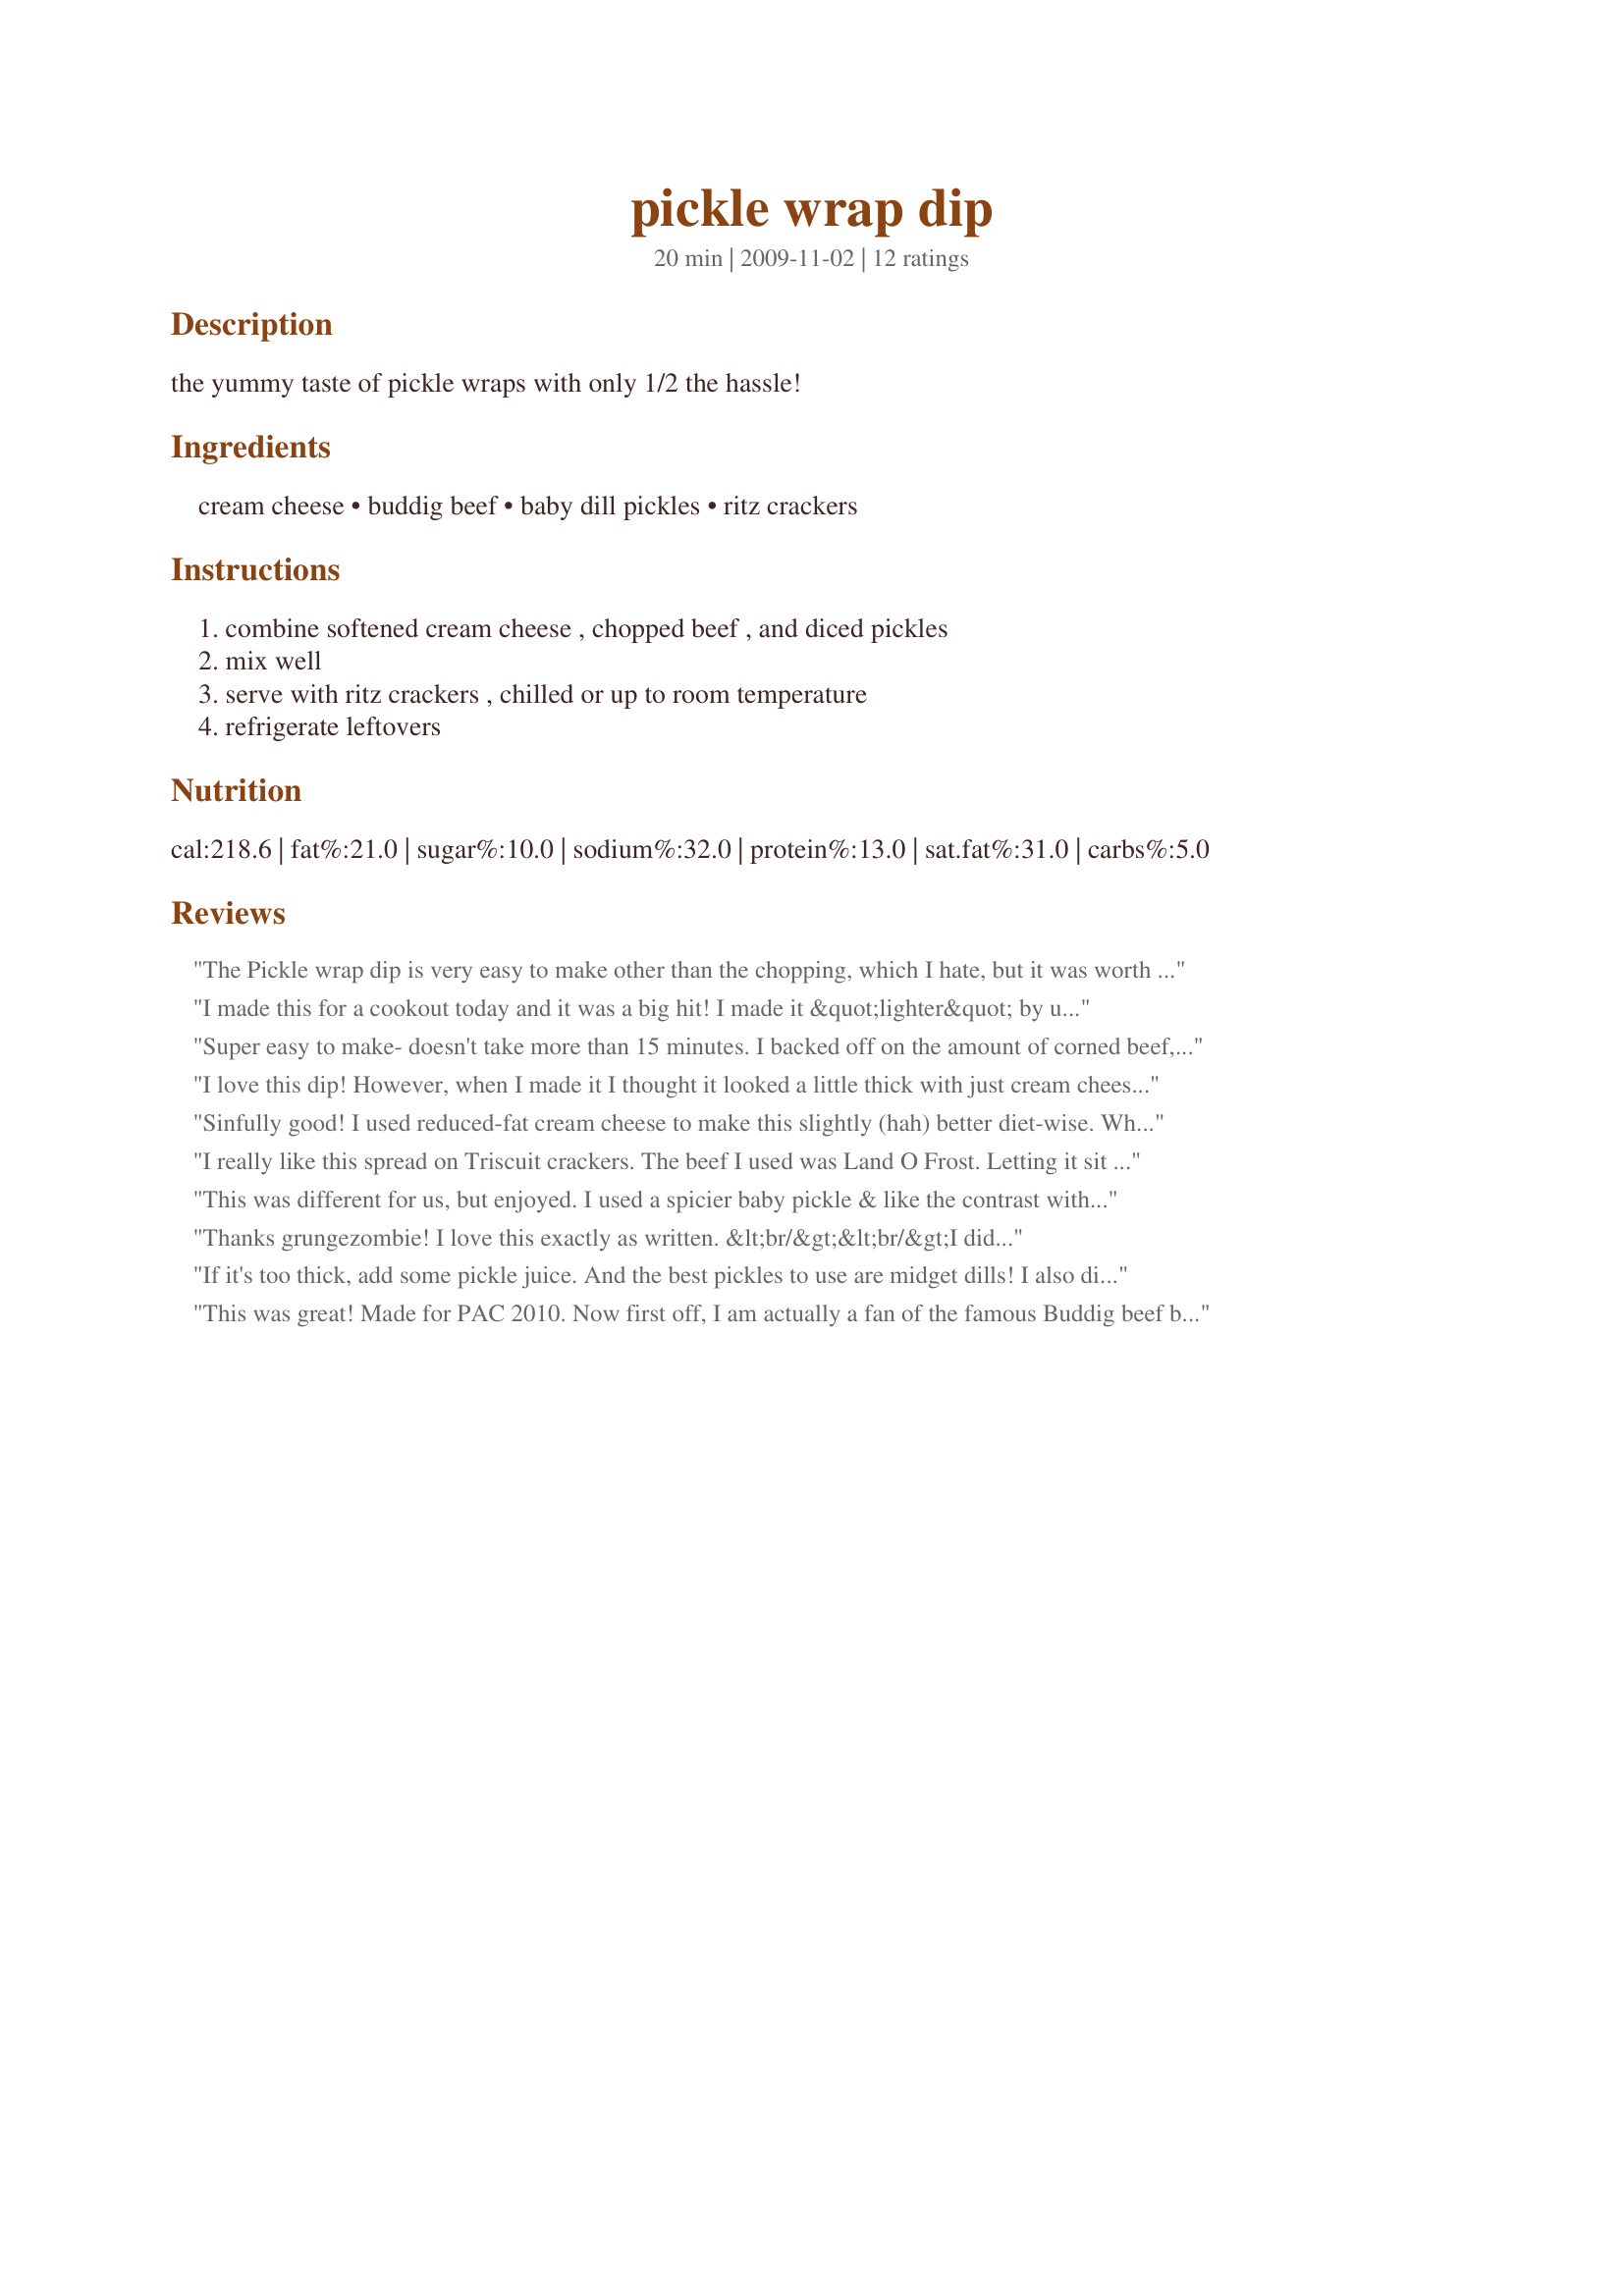
pickle wrap dip
Preparation time: 20 minutes

the yummy taste of pickle wraps with only 1/2 the hassle!

Ingredients:
cream cheese, buddig beef, baby dill pickles, ritz crackers

Steps:
combine softened cream cheese , chopped beef , and diced pickles, mix well, serve with ritz crackers , chilled or up to room temperature, refrigerate leftovers

Reviews:
The Pickle wrap dip is very easy to make other than the chopping, which I hate, but it was worth the time. Very good. I tried to skimp on the beef because I hadn&#039;t bought enough the first time at the store. It was very salty I then added the rest of the beef and that took care of the salty taste. Problem is you can&#039;t leave it alone. Very good.....
I made this for a cookout today and it was a big hit! I made it &quot;lighter&quot; by using 1/3-less-fat cream cheese, and I also added 1/2 cup light sour cream to make it more creamy/dip-able. Delicious!! Thanks for posting the recipe--much easier than actually making pickle wraps!
Super easy to make- doesn't take more than 15 minutes. I backed off on the amount of corned beef, added about a 1/2 cup of sour cream and garlic salt. Next time I'll probably use garlic powder because there is already enough sodium in there but who's counting?
I love this dip! However, when I made it I thought it looked a little thick with just cream cheese so I threw in a little sour cream. This made it a little more "dip-able". Great with some good garlicky pickles. Yum!
Sinfully good! I used reduced-fat cream cheese to make this slightly (hah) better diet-wise. When I tasted the dip immediately after putting everything together, it was very salty. I was a bit worried it was too salty to serve. However, by the next day, the dip was perfect and not too salty at all -- so I recommend making it the night before it&#039;s served. It&#039;s not the lightest dip, so to balance that out, I served it with celery sticks -- perfection!
I really like this spread on Triscuit crackers. The beef I used was Land O Frost. Letting it sit in refrigerator several hours before serving is key. Great recipe!
This was different for us, but enjoyed. I used a spicier baby pickle & like the contrast with the creaminess. I blotted the pickles after dicing to remove excess moisture. Made for Spring 2010 pick A Chef.
Thanks grungezombie! I love this exactly as written. &lt;br/&gt;&lt;br/&gt;I didn&#039;t change a thing. &lt;br/&gt;&lt;br/&gt;The whole family loves it, even the picky ones!
If it's too thick, add some pickle juice. And the best pickles to use are midget dills! I also dip pretzels in this...delicious!
This was great! Made for PAC 2010. Now first off, I am actually a fan of the famous Buddig beef ball with cream cheese scallions etc that has been around for years. However, I never liked Ritz for some reason, but any cracker works fine. Secondly, I love pickles so I saw this and I had to try this. I loved it. My only suggestion is I like a little onion flavor size I used a shallot which had a bit of sweetness. My friends and I loved it. Had it for lunch today. I did use Pepperidge Farm hearty wheat crackers which are my favorite, but it didn't change the dip. Sorry, just not a Ritz fan.
Thx for a great twist on a classic dip.
Kim
I used ham instead of roast beef and it was fantastic! Just like pickle roll-ups. A keeper.
My friend made this dip, but substituted the ham you can buy that is cut into tiny cubes for the beef. She substituted a small jar of dill pickle relish to avoid having to chop all those dill pickles. It was delicious. Everyone raved about it and it was all gone before the night was over. It was so fast to make.
